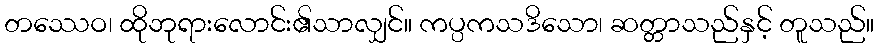
တဿေဝ၊ ထိုဘုရားလောင်း၏သာလျှင်။ ကပ္ပကသဒိသော၊ ဆတ္တာသည်နှင့် တူသည်။